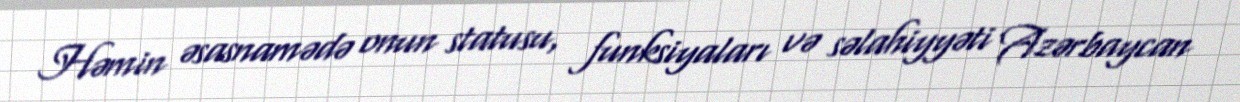
Həmin əsasnamədə onun statusu, funksiyaları və səlahiyyəti Azərbaycan